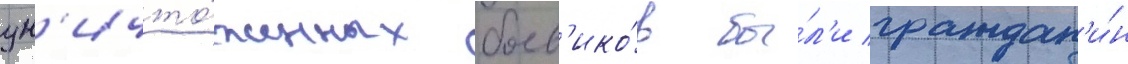
ун'ичто́женных боев'ико́в бы́л'и граждан'и́н